Mental hospitals Bombay report 1929-33 - 1929-1933
Year: 1929
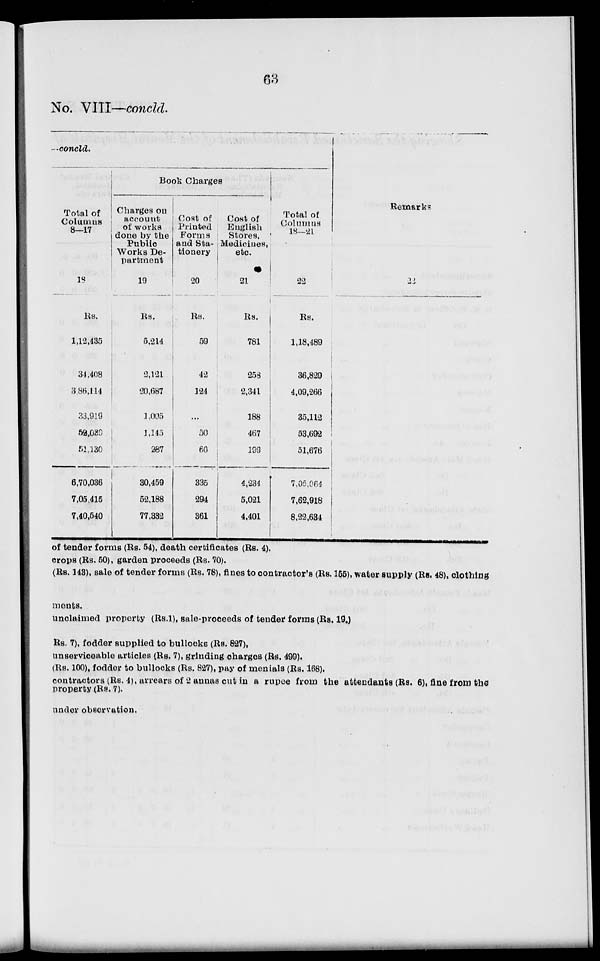
63
No. VIII—concld.
—concld.
Total of
Columns
8—17
18
Rs.
1,12,435
34,408
3.86,114
33,919
62,030
51,130
6,70,036
7,05,415
7,40,540
Book Charges
Charges on
account
of works
done by the
Public
Works De-
partment
19
Rs.
5,214
2,121
20,687
1,005
1,145
287
30,459
52,188
77,332
Cost of
Printed
Forms
and Sta-
tionery
20
Rs.
59
42
124
...
50
60
335
294
361
Cost of
English
Stores,
Medicines,
etc.
21
Rs.
781
253
2,341
188
467
199
4,234
5,021
4,401
Total of
Columns
18—21
22
Rs.
1,18,489
36,829
4,09,266
35,112
53,692
51,676
7,05.064
7,62,918
8,22,634
Remarks
23
of tender forms (Rs. 54), death certificates (Rs. 4).
crops (Rs. 50), garden proceeds (Rs. 70).
(Rs. 143), sale of tender forms (Rs. 78), fines to contractor's (Rs. 155), water supply (Rs. 48), clothing
ments.
unclaimed property (Rs.1), sale-proceeds of tender forms (Rs. 19.)
Rs. 7), fodder supplied to bullocks (Rs. 827),
unserviceable articles (Rs. 7), grinding charges (Rs. 499).
(Rs. 100), fodder to bullocks (Rs. 827), pay of menials (Rs. 168).
contractors (Rs. 4), arrears of 2 annas cut in a rupee from the attendants (Rs. 6), fine from the
property (Rs. 7).
under observation.